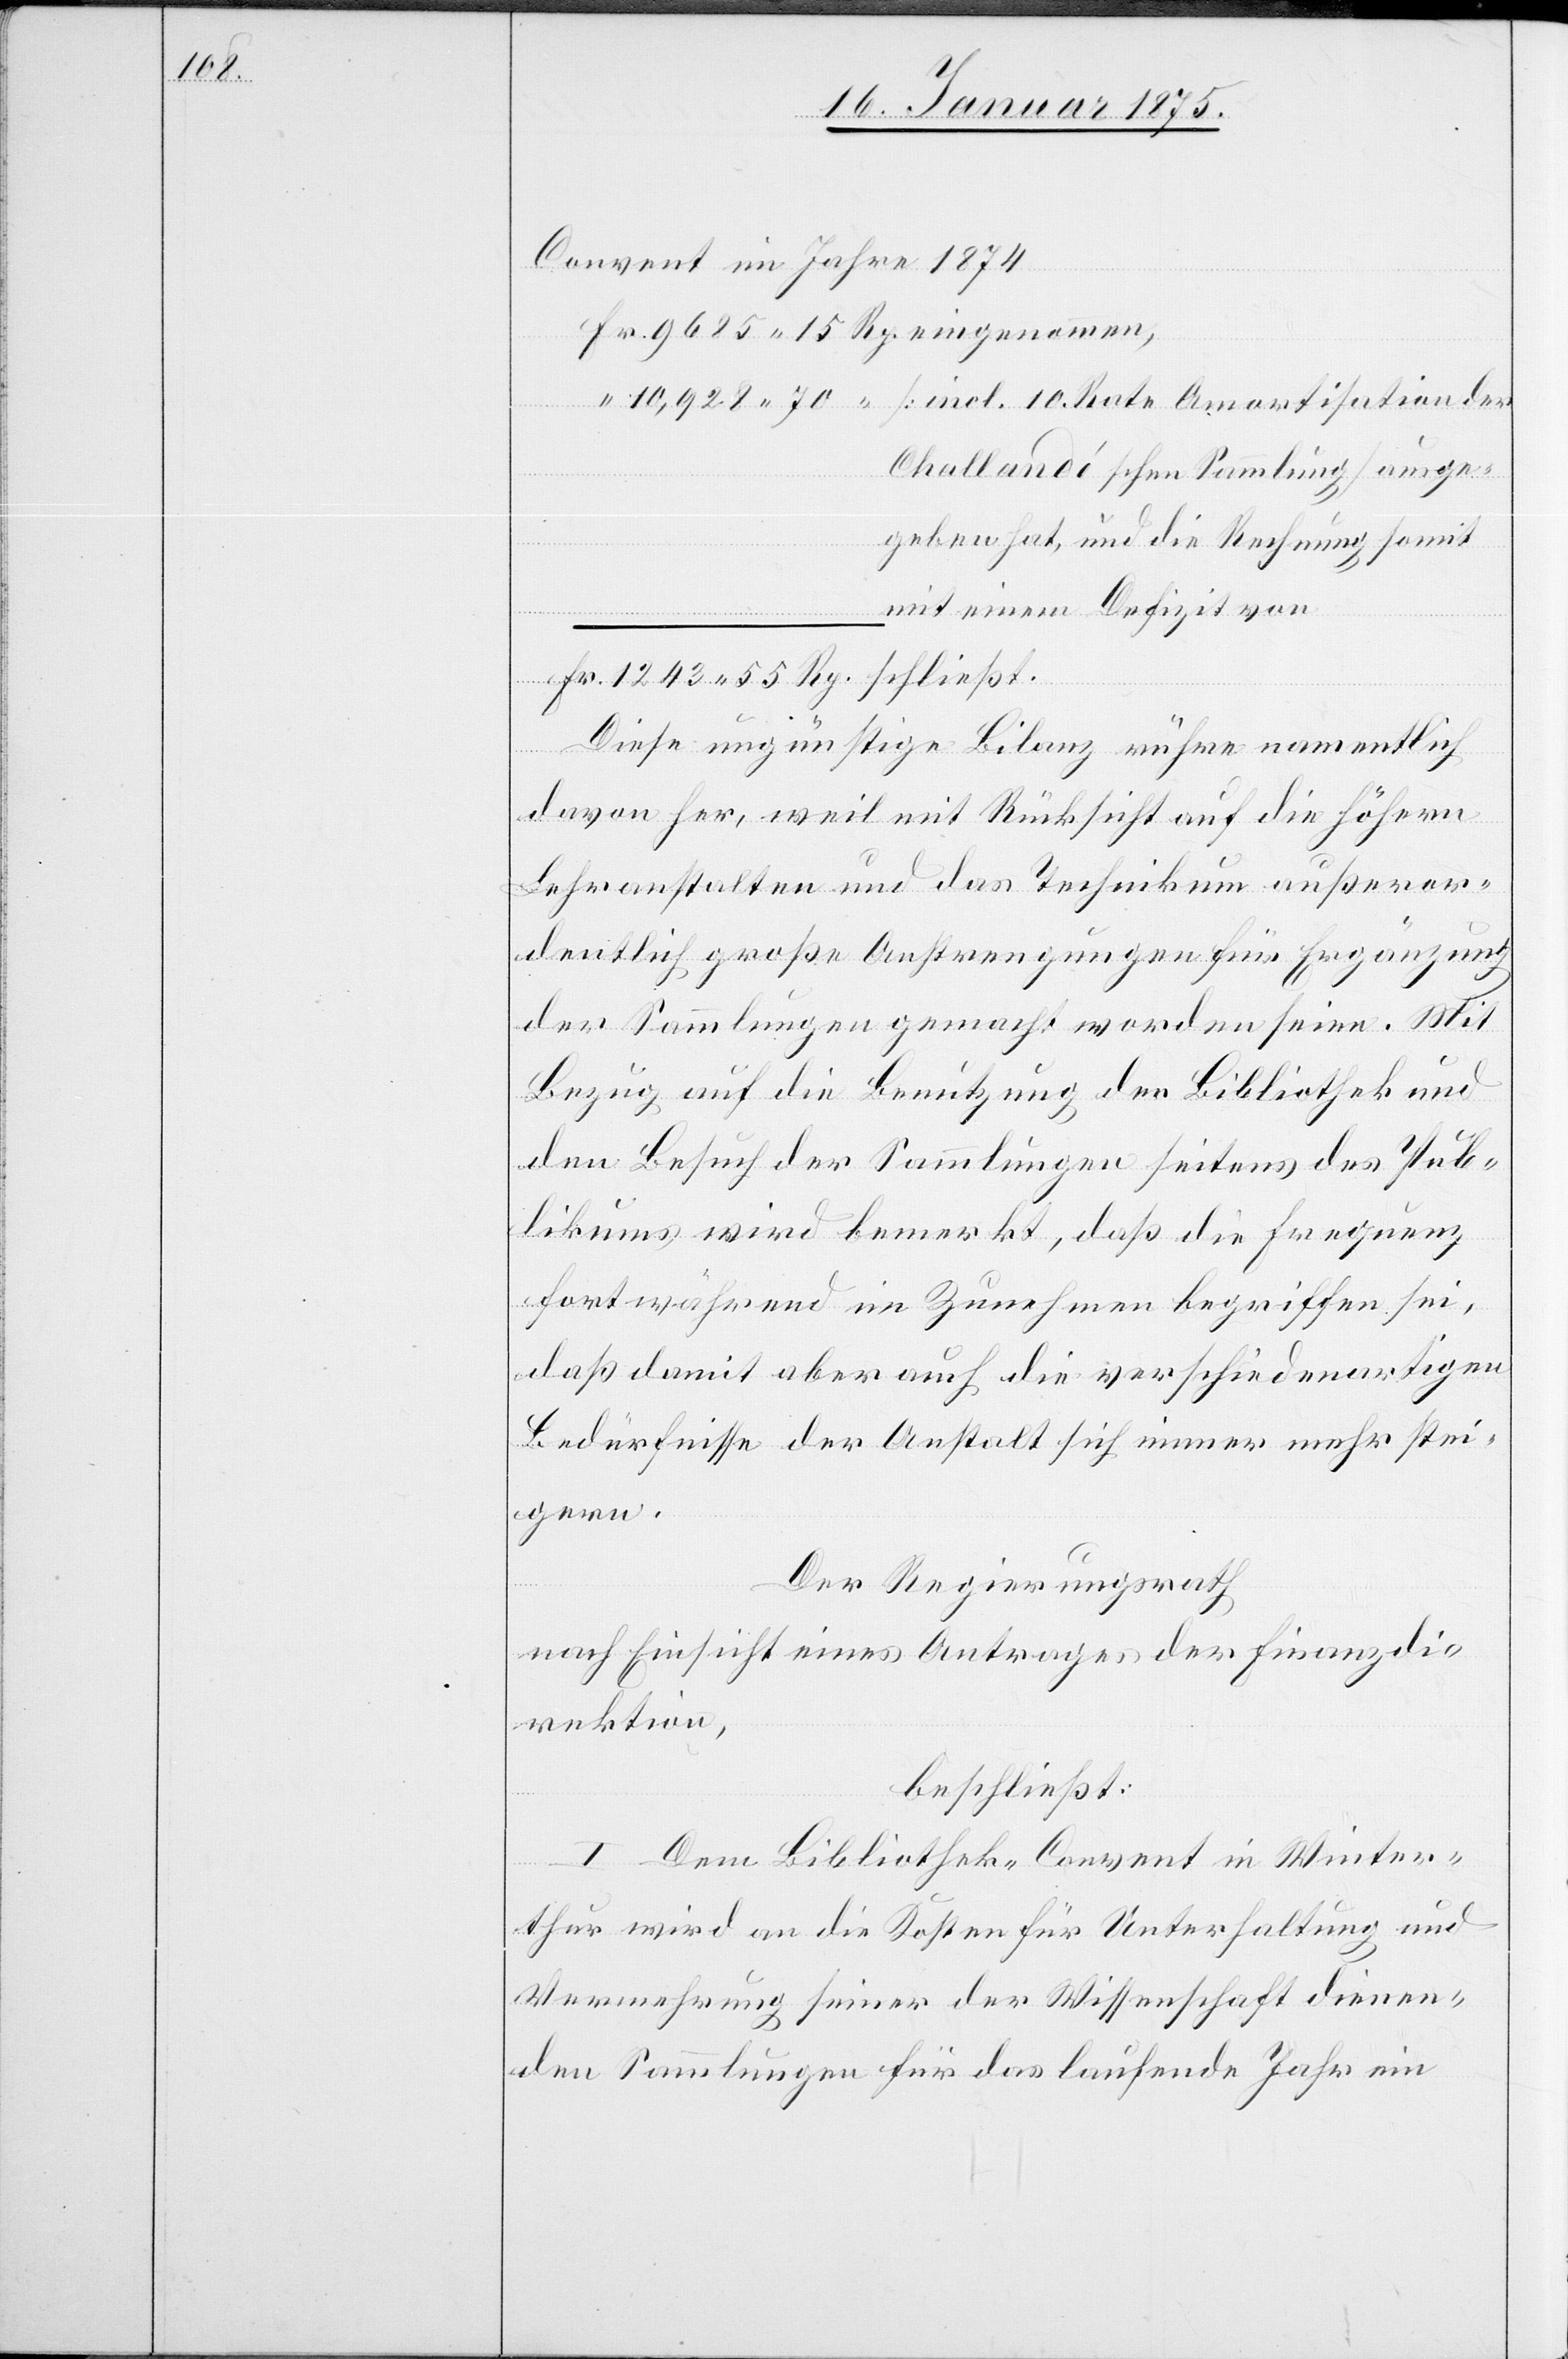
1243.

Convent im Jahre 1874
Challandéschen Sammlung) ange¬
geben hat, und die Rechnung somit
mit einem Defizit von
Diese ungünstige Bilanz rühre namentlich
davon her, weil mit Rücksicht auf die höhern
Lehranstalten und das Technikum außeror¬
dentlich große Anstrengungen für Ergänzung
der Sammlungen gemacht worden seien. Mit
Bezug auf die Benutzung der Bibliothek und
den Besuch der Sammlungen seitens des Pub¬
likums wird bemerkt, daß die Frequenz
fortwährend im Zunehmen begriffen sei,
daß damit aber auch die verschiedenartigen
Bedürfnisse der Anstalt sich immer mehr stei¬
gern.
Der Regierungsrath
nach Einsicht eines Antrages der Finanzdir¬
ektion,
beschließt:
I. Dem Bibliothek-Convent in Winter¬
der
thur wird an die Kosten für Unterhaltung und
Vermehrung seiner der Wissenschaft dienen¬
den Sammlungen für das laufende Jahr ein